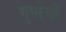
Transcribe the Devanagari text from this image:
गुप्तेची